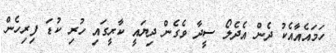
ހަމައެއާއެކު ދެން އެދެލޯ ސީދާ ވެގެން ދިޔައީ ކާރީގައި ހުރި ކުޑަ ފިރިހެން